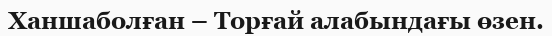
Ханшаболған – Торғай алабындағы өзен.